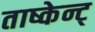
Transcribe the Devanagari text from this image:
ताष्केन्ट्